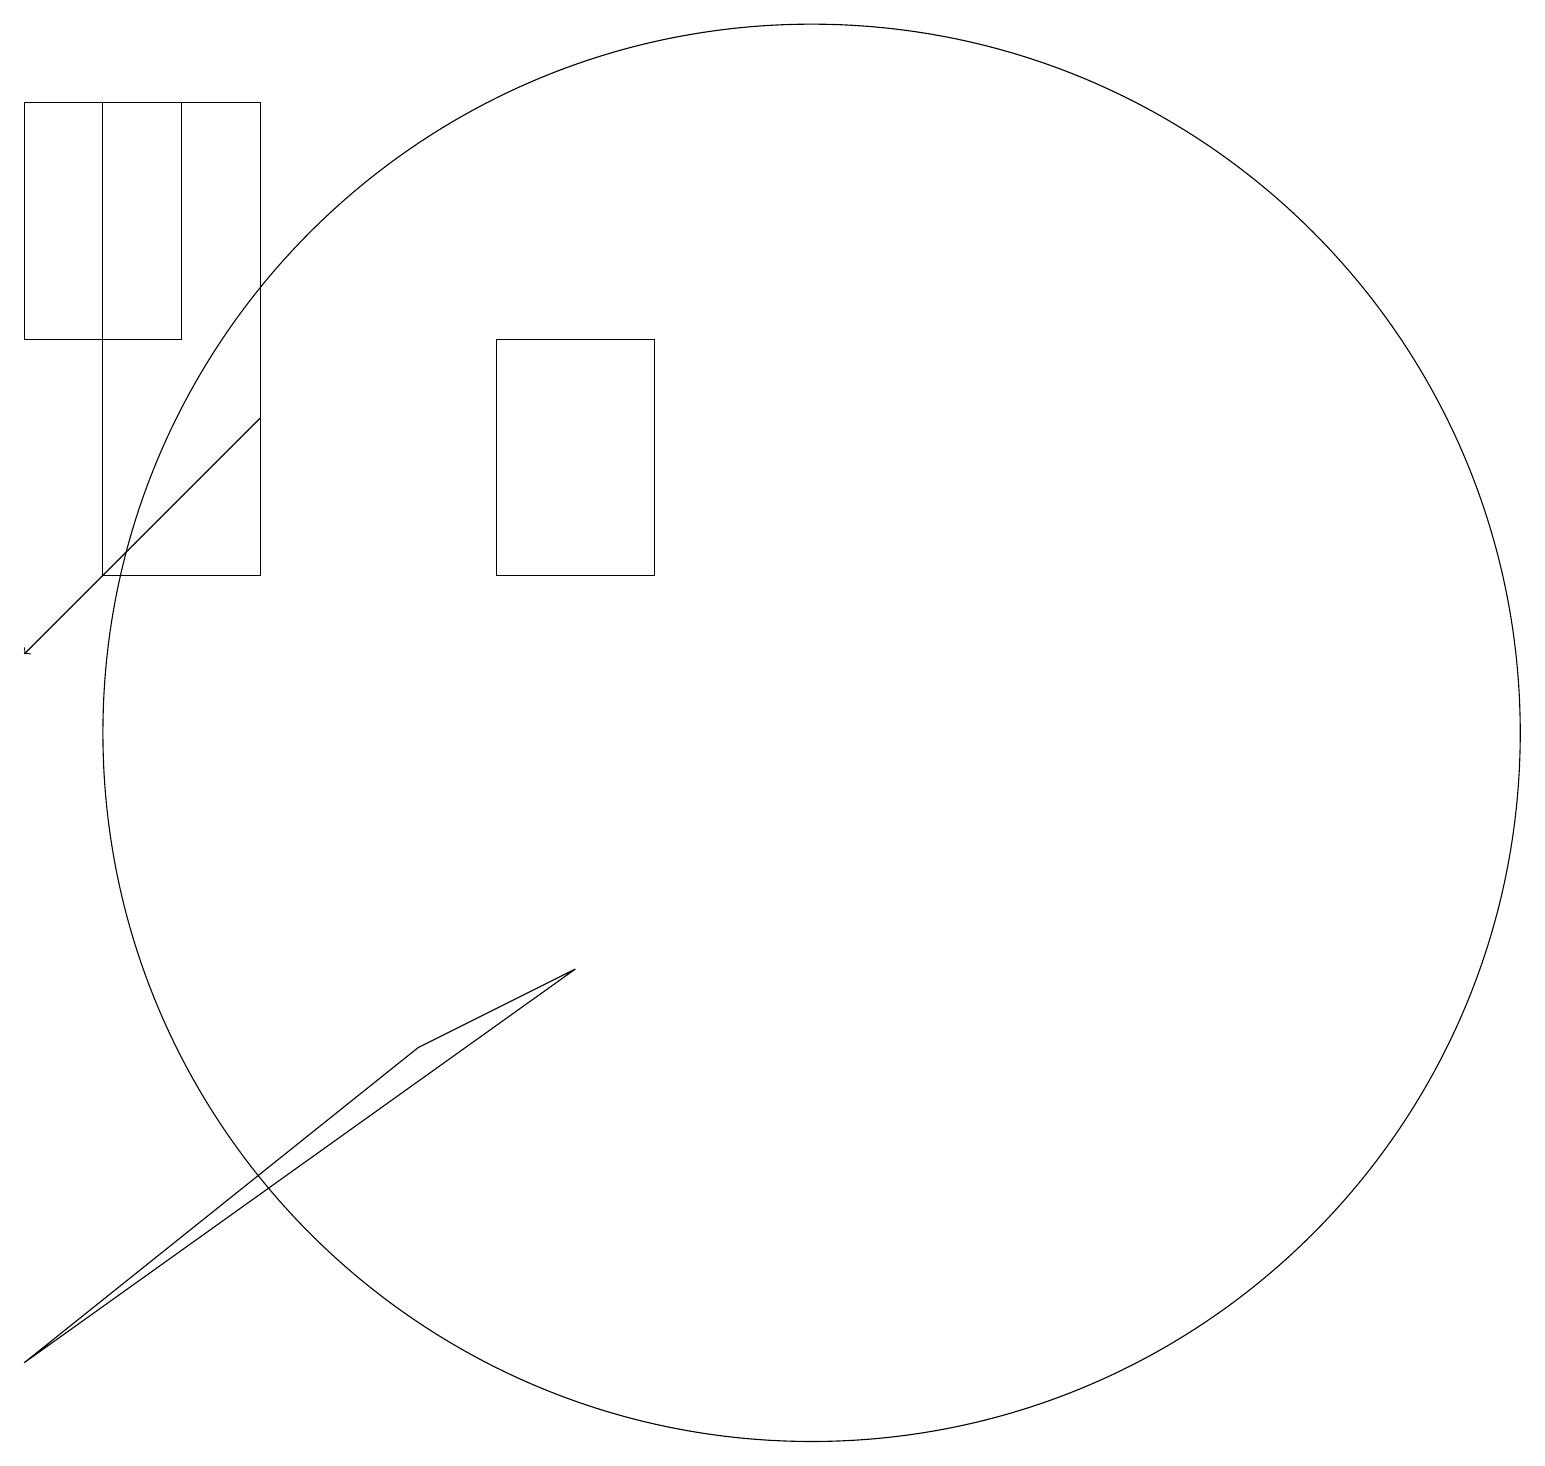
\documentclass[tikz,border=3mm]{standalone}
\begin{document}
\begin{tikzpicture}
\draw (10,10) circle (9);
\draw (2,18) rectangle (0,15);
\draw (3,12) rectangle (1,18);
\draw[->] (3,14) -- (0,11);
\draw (8,12) rectangle (6,15);
\draw (5,6) -- (0,2) -- (7,7) -- cycle;
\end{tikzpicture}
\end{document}